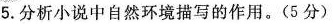
5.分析小说中自然环境描写的作用。(5分)